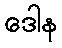
ဒေါန